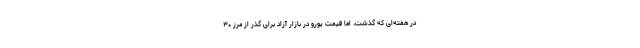
در هفته‌ای که گذشت، اما قیمت یورو در بازار آزاد برای گذر از مرز ۳۰